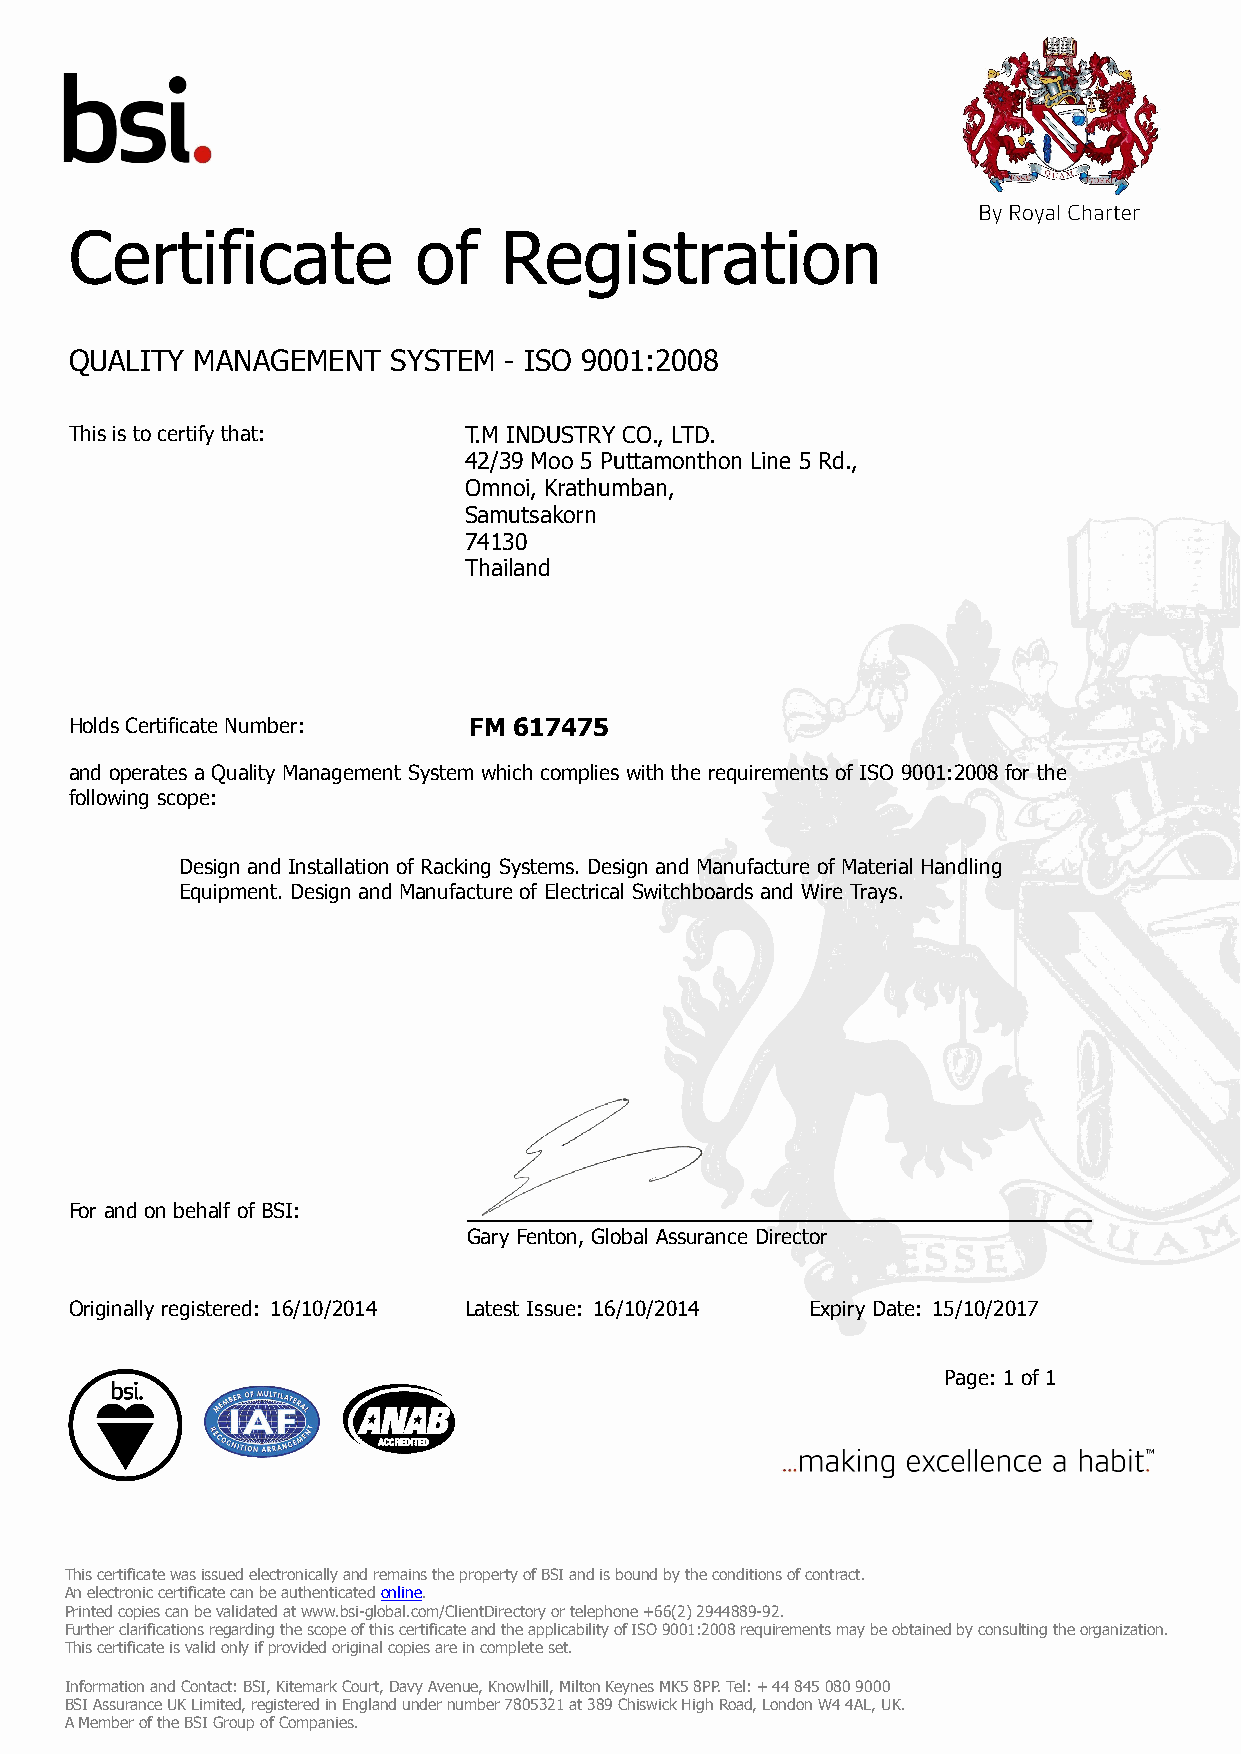
Certificate           of    Registration
 QUALITY MANAGEMENT   SYSTEM - ISO 9001:2008
 This is to certify that:  T.M INDUSTRY CO., LTD.
 42/39 Moo 5 Puttamonthon Line 5 Rd.,
 Omnoi, Krathumban,
 Samutsakorn
 74130
 Thailand
 Holds Certificate Number: FM 617475
 and operates a Quality Management System which complies with the requirements of ISO 9001:2008 for the
 following scope:
 Design and Installation of Racking Systems. Design and Manufacture of Material Handling
 Equipment. Design and Manufacture of Electrical Switchboards and Wire Trays.
 For and on behalf of BSI:
 Gary Fenton, Global Assurance Director
 Originally registered: 16/10/2014 Latest Issue: 16/10/2014 Expiry Date: 15/10/2017
 Page: 1 of 1
 This certificate was issued electronically and remains the property of BSI and is bound by the conditions of contract.
 An electronic certificate can be authenticated online.
 Printed copies can be validated at www.bsi-global.com/ClientDirectory or telephone +66(2) 2944889-92.
 Further clarifications regarding the scope of this certificate and the applicability of ISO 9001:2008 requirements may be obtained by consulting the organization.
 This certificate is valid only if provided original copies are in complete set.
 Information and Contact: BSI, Kitemark Court, Davy Avenue, Knowlhill, Milton Keynes MK5 8PP. Tel: + 44 845 080 9000
 BSI Assurance UK Limited, registered in England under number 7805321 at 389 Chiswick High Road, London W4 4AL, UK.
 A Member of the BSI Group of Companies.